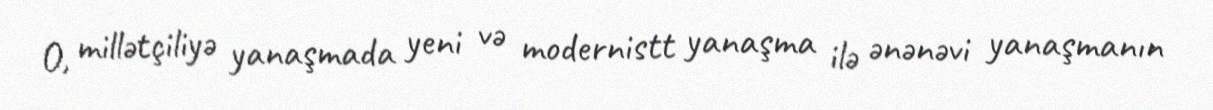
O, millətçiliyə yanaşmada yeni və modernistt yanaşma ilə ənənəvi yanaşmanın